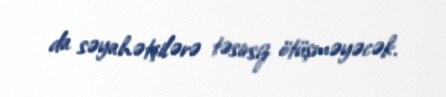
da səyahətçilərə təsirsiz ötüşməyəcək.